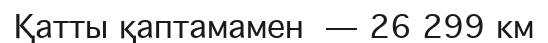
Қатты қаптамамен — 26 299 км